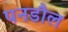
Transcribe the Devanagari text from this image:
पनडौल